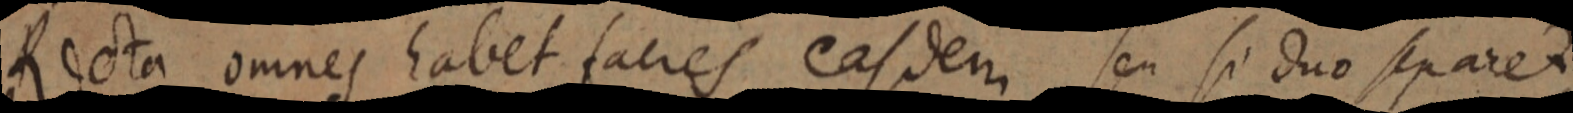
Recta omnes habet facies easdem seu si duo separet